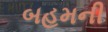
બહમની